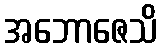
အဘောဇေသိ